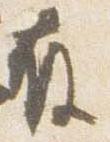
存